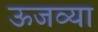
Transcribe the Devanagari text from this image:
ऊजव्या